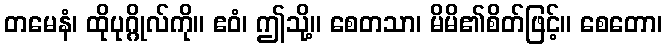
တမေနံ၊ ထိုပုဂ္ဂိုလ်ကို။ ဧဝံ၊ ဤသို့။ စေတသာ၊ မိမိ၏စိတ်ဖြင့်။ စေတော၊